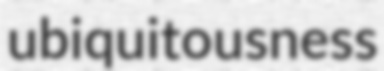
ubiquitousness